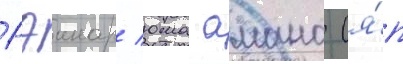
Рэинар/ юма амано (я́п